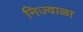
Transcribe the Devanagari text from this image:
निज्वाळा